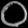
Digit: ၀